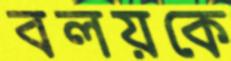
বলয়কে